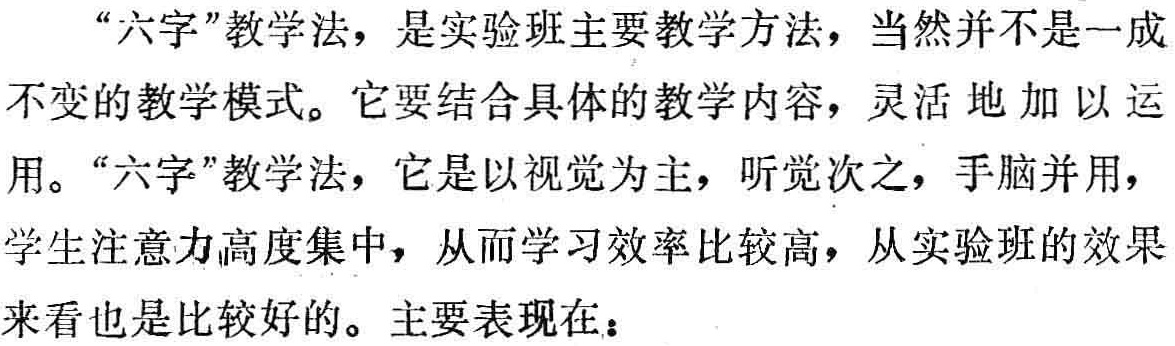
“六字”教学法，是实验班主要教学方法，当然并不是一成不变的教学模式。它要结合具体的教学内容，灵活 地加以运用。“六字”教学法，它是以视觉为主，听觉次之，手脑并用，学生注意力高度集中，从而学习效率比较高，从实验班的效果来看也是比较好的。主要表现在：